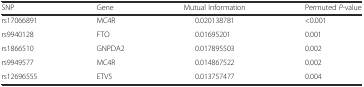
<table><thead><tr><td><b>SNP</b></td><td><b>Gene</b></td><td><b>Mutual Information</b></td><td><b>Permuted <i>P</i>-value</b></td></tr></thead><tbody><tr><td>rs17066891</td><td>MC4R</td><td>0.020138781</td><td>&lt;0.001</td></tr><tr><td>rs9940128</td><td>FTO</td><td>0.01695201</td><td>0.001</td></tr><tr><td>rs1866510</td><td>GNPDA2</td><td>0.017895503</td><td>0.002</td></tr><tr><td>rs9949577</td><td>MC4R</td><td>0.014867522</td><td>0.002</td></tr><tr><td>rs12696555</td><td>ETV5</td><td>0.013757477</td><td>0.004</td></tr></tbody></table>